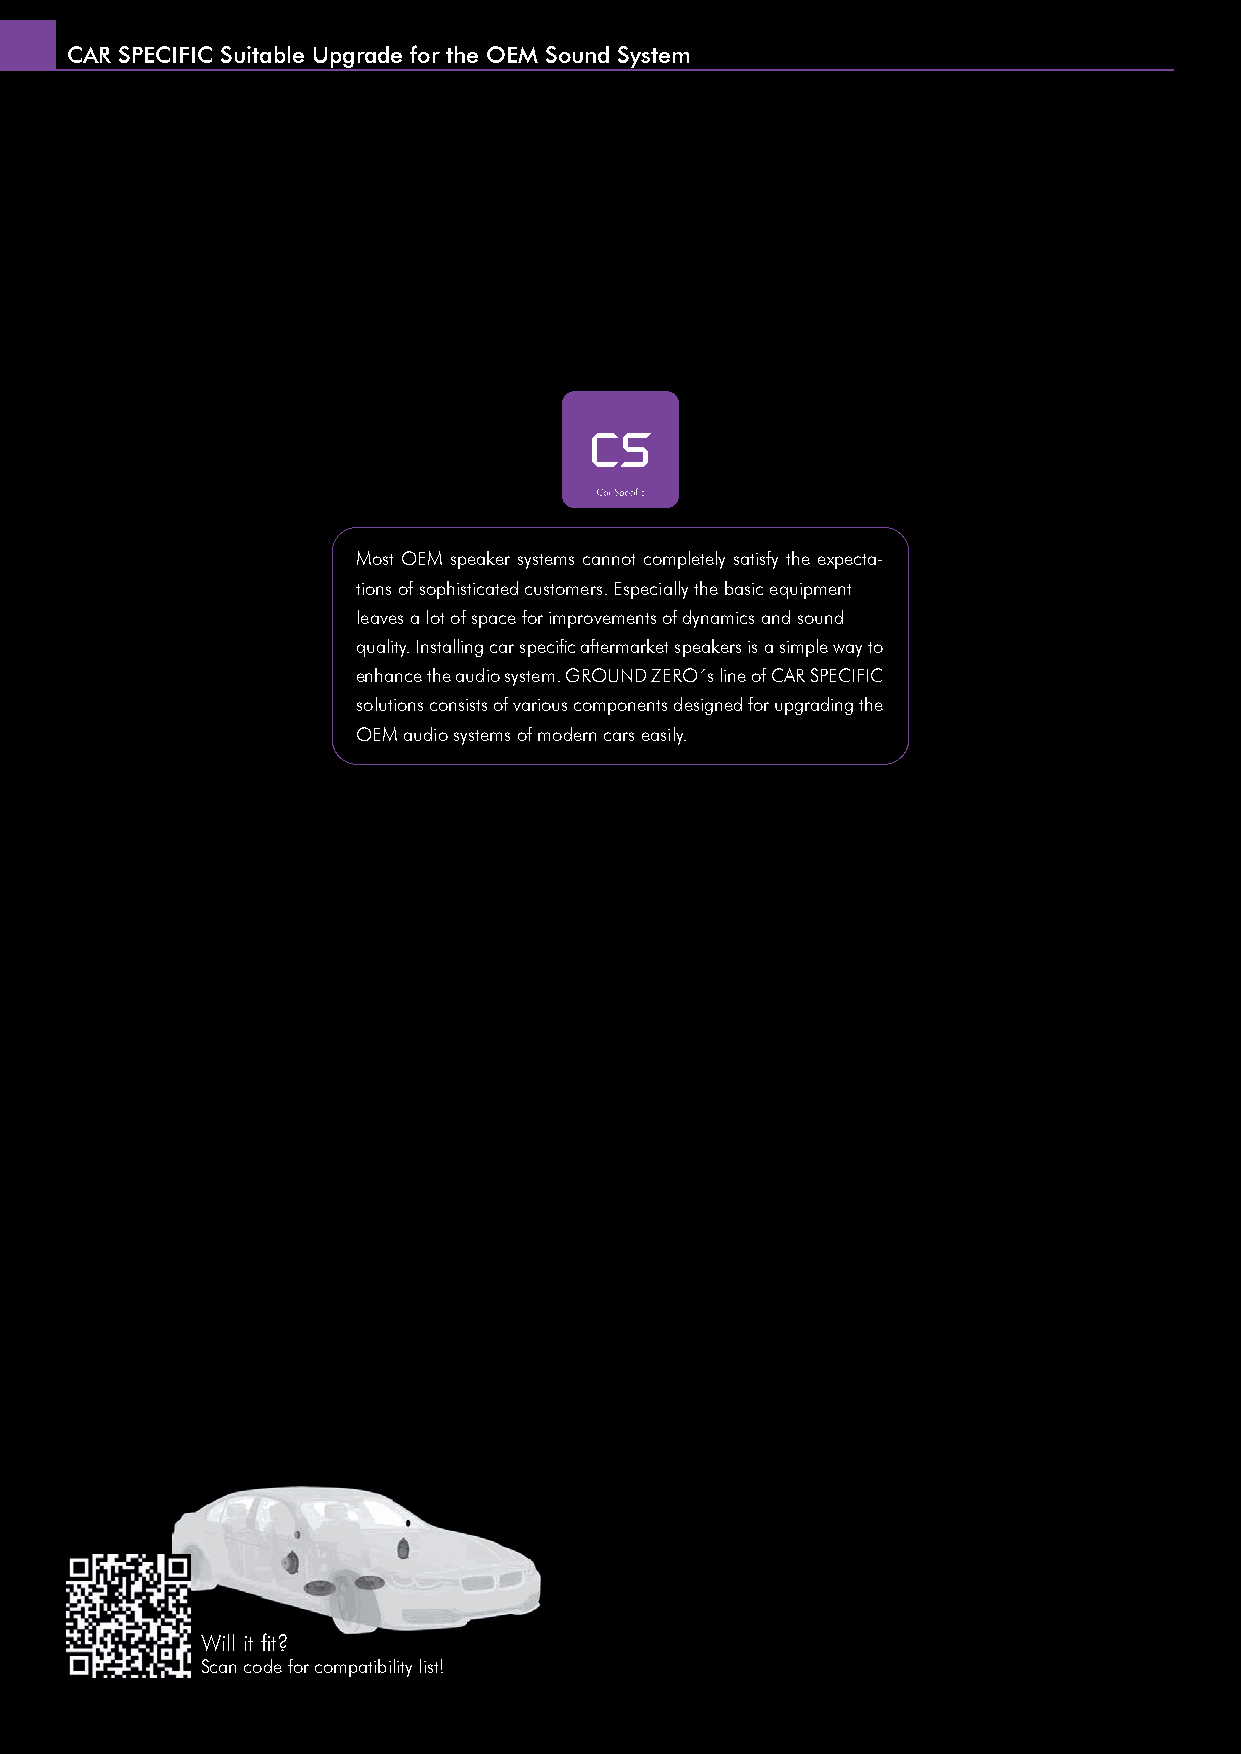
CAR SPECIFIC Suitable Upgrade for the OEM Sound System
 Most OEM speaker systems cannot completely satisfy the expecta-
 tions of sophisticated customers. Especially the basic equipment
 leaves a lot of space for improvements of dynamics and sound
 quality. Installing car specifi c aftermarket speakers is a simple way to
 enhance the audio system. GROUND ZERO´s line of CAR SPECIFIC
 solutions consists of various components designed for upgrading the
 OEM audio systems of modern cars easily.
 Will it fi t?
 Scan code for compatibility list!